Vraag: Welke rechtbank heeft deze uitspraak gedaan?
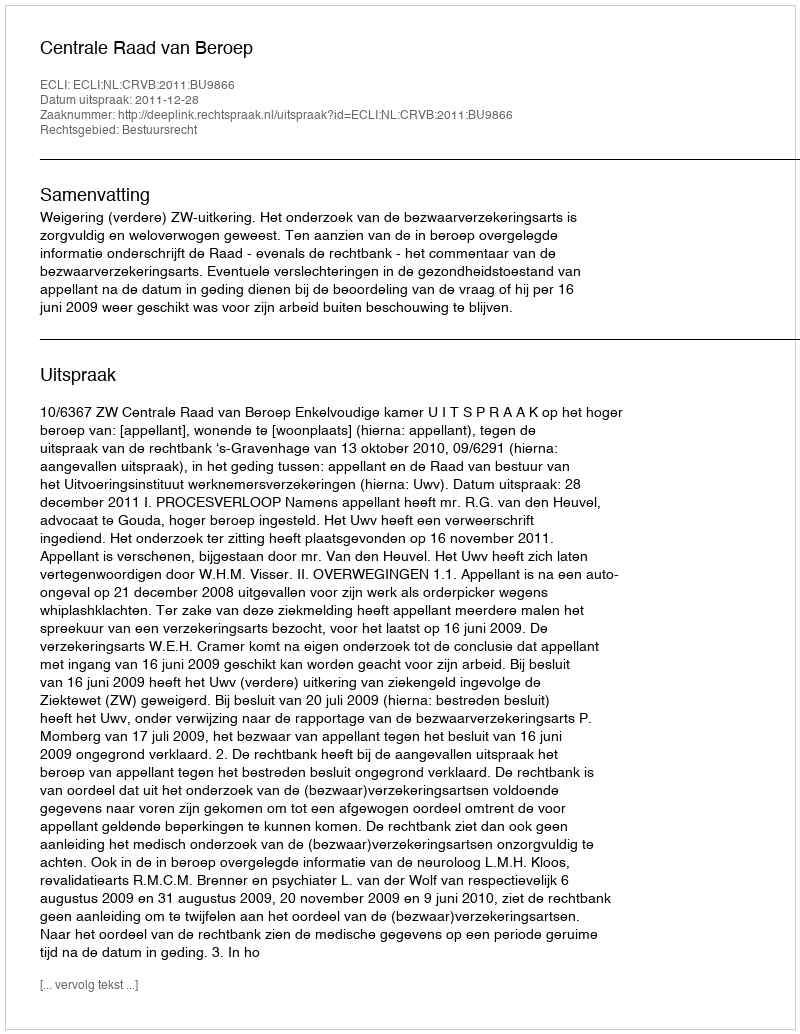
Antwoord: Centrale Raad van Beroep